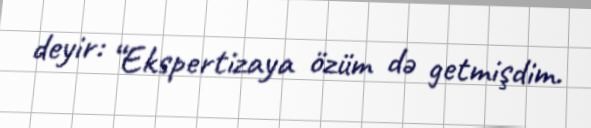
deyir: “Ekspertizaya özüm də getmişdim.